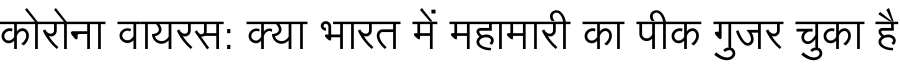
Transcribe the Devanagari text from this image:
कोरोना वायरस: क्या भारत में महामारी का पीक गुजर चुका है